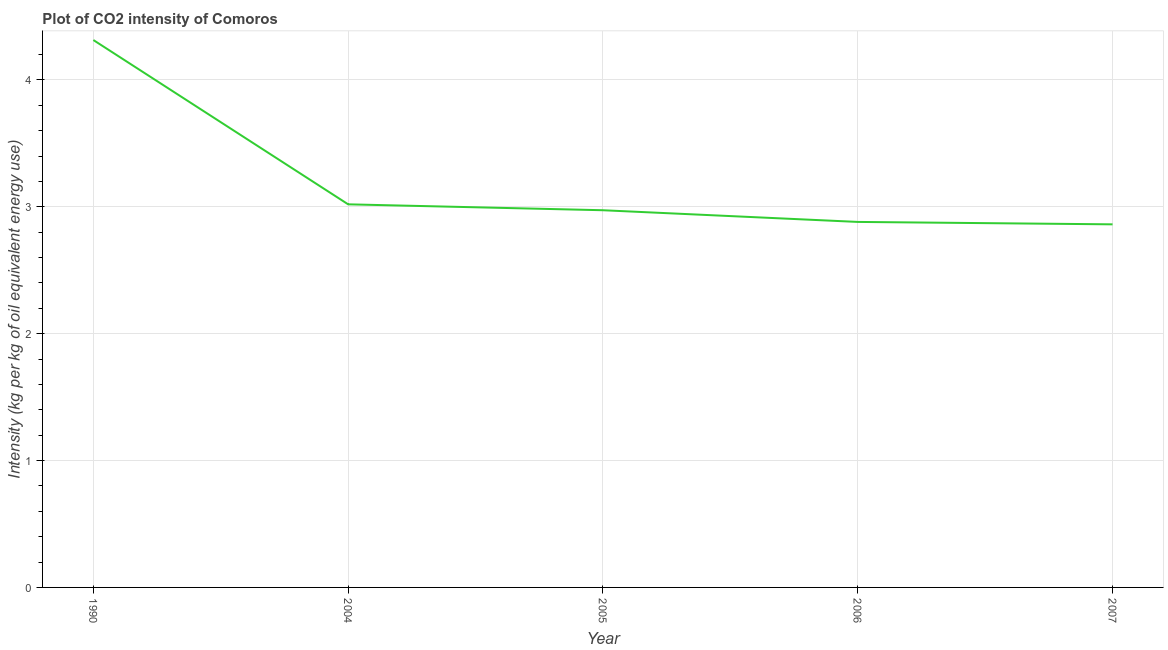
| Year | CO2 intensity |
 | --- | --- |
 | 1990 | 4.31 |
 | 2004 | 3.02 |
 | 2005 | 2.97 |
 | 2006 | 2.88 |
 | 2007 | 2.86 |